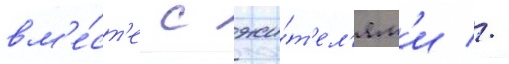
вм'е́ст'е с жи́т'ел'ям'и //